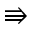
\Rrightarrow